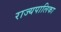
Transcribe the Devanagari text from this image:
राज्यपालिका